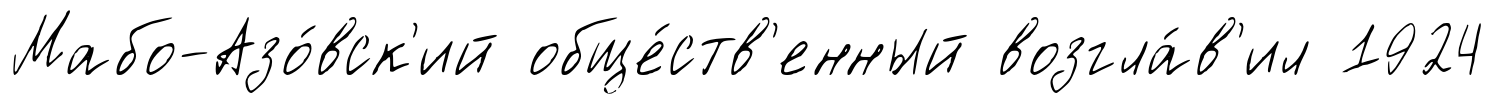
Мабо-Азо́вск'ий обще́ств'енный возгла́в'ил 1924